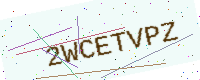
Text: 2WCETVPZ